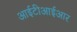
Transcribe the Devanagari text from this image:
आईटीआईआर